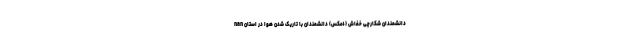
nan دانشمندان شکارچی خفاش (+عکس) دانشمندان با تاریک شدن هوا در استان